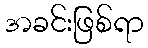
အခင်းဖြစ်ရာ